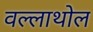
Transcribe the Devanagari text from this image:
वल्लाथोल